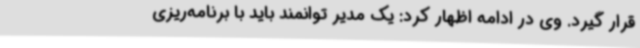
قرار گیرد. وی در ادامه اظهار کرد: یک مدیر توانمند باید با برنامه‌ریزی